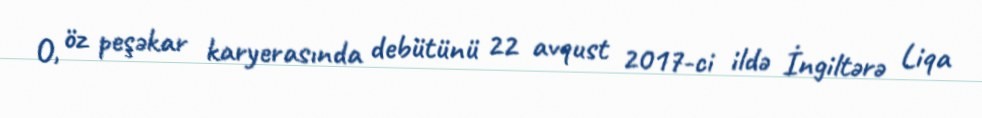
O, öz peşəkar karyerasında debütünü 22 avqust 2017-ci ildə İngiltərə Liqa